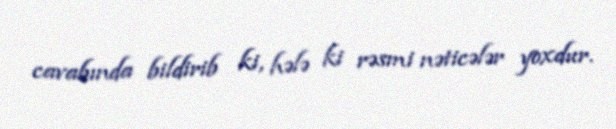
cavabında bildirib ki, hələ ki rəsmi nəticələr yoxdur.